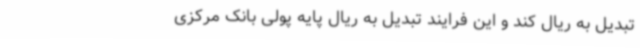
تبدیل به ریال کند و این فرایند تبدیل به ریال پایه پولی بانک مرکزی